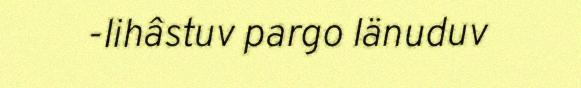
-lihâstuv pargo Iänuduv